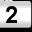
Digit: 2